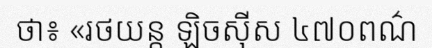
ថា៖ «រថយន្ត ឡិចស៊ីស ៤៧០ពណ៌